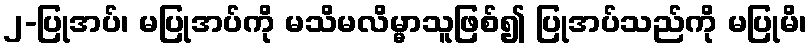
၂-ပြုအပ်၊ မပြုအပ်ကို မသိမလိမ္မာသူဖြစ်၍ ပြုအပ်သည်ကို မပြုမိ၊